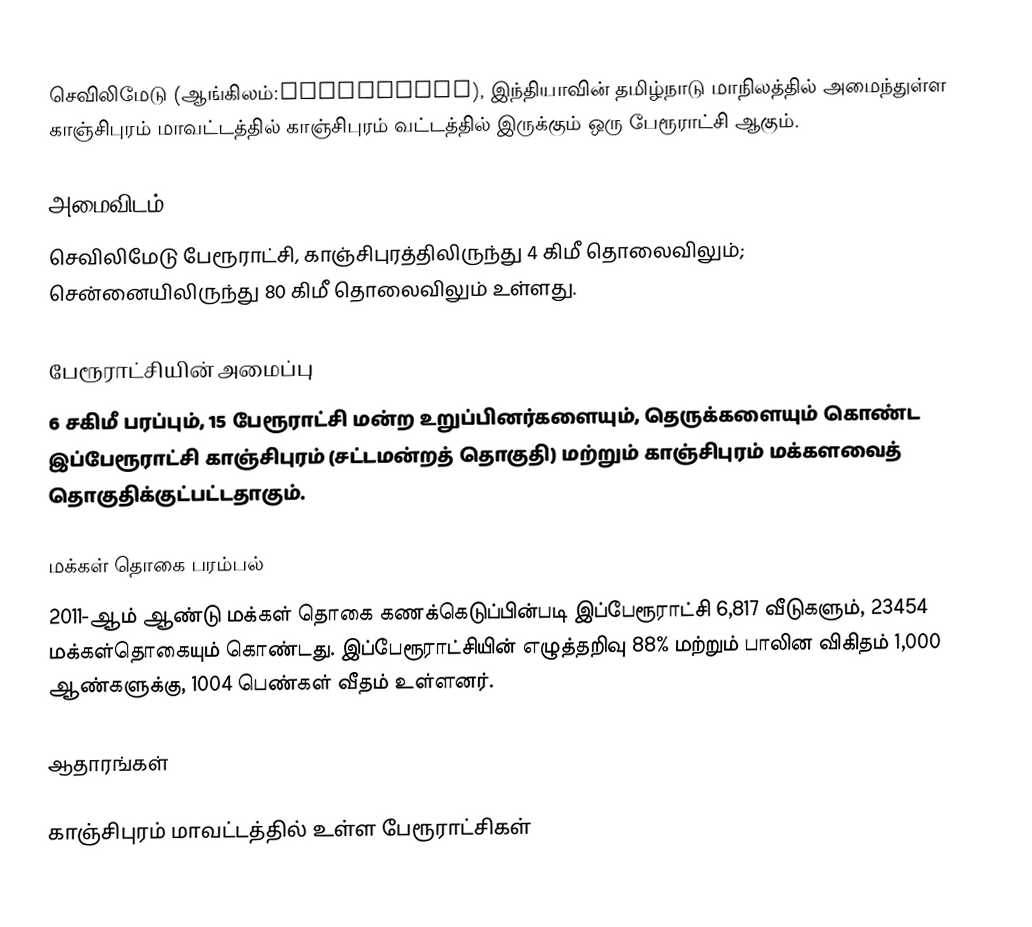
செவிலிமேடு (ஆங்கிலம்:Sevilimedu), இந்தியாவின் தமிழ்நாடு மாநிலத்தில் அமைந்துள்ள காஞ்சிபுரம் மாவட்டத்தில் காஞ்சிபுரம் வட்டத்தில் இருக்கும் ஒரு பேரூராட்சி ஆகும்.

அமைவிடம்
செவிலிமேடு பேரூராட்சி, காஞ்சிபுரத்திலிருந்து 4 கிமீ தொலைவிலும்; சென்னையிலிருந்து 80 கிமீ தொலைவிலும் உள்ளது.

பேரூராட்சியின் அமைப்பு
6 சகிமீ பரப்பும், 15  பேரூராட்சி மன்ற உறுப்பினர்களையும்,    தெருக்களையும்  கொண்ட இப்பேரூராட்சி காஞ்சிபுரம்   (சட்டமன்றத் தொகுதி)  மற்றும் காஞ்சிபுரம் மக்களவைத் தொகுதிக்குட்பட்டதாகும்.

மக்கள் தொகை பரம்பல்
2011-ஆம் ஆண்டு மக்கள் தொகை கணக்கெடுப்பின்படி   இப்பேரூராட்சி 6,817 வீடுகளும், 23454 மக்கள்தொகையும் கொண்டது. இப்பேரூராட்சியின் எழுத்தறிவு 88%  மற்றும்  பாலின விகிதம் 1,000 ஆண்களுக்கு, 1004 பெண்கள் வீதம் உள்ளனர்.

ஆதாரங்கள்

காஞ்சிபுரம் மாவட்டத்தில் உள்ள பேரூராட்சிகள்